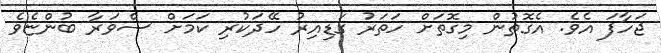
ޖަހާފަ އެވެ. އެގޮތުން މިގޮތަށް ހަތަރު ގަޑިއިރު ހޭދަކުރި ކަމަށް ސްވަރާ ބުންޏެވެ